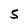
Character: S